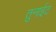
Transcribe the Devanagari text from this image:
तुनाईट